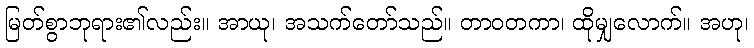
မြတ်စွာဘုရား၏လည်း။ အာယု၊ အသက်တော်သည်။ တာဝတကာ၊ ထိုမျှလောက်။ အဟု၊